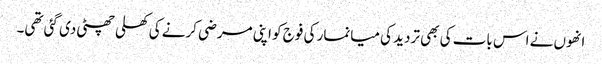
انھوں نے اس بات کی بھی تردید کی میانمار کی فوج کو اپنی مرضی کرنے کی کھلی چھٹی دی گئی تھی۔